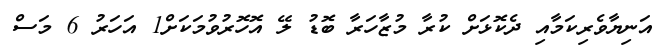
އަނިޔާވެރިކަމާއި ދެކޮޅަށް ކުރާ މުޒާހަރާ ބޮޑު ލޭ އޮހޮރުވުމަކަށް1 އަހަރު 6 މަސް